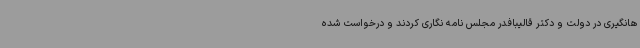
هانگیری در دولت و دکتر قالیبافدر مجلس نامه نگاری کردند و درخواست شده